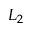
L _ { 2 }